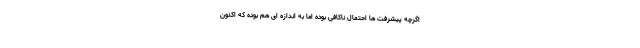
اگرچه پیشرفت ها احتمال ناکافی بوده اما به اندازه ای هم بوده که اکنون